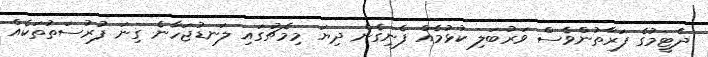
ދެޓީމުގެ ފަރާތުންވެސް ވަރުބަލި ކުޅުމެއް ފެނިގެން ދިޔަ މިމެޗުގައި ލަނޑުޖަހާނެ ގިނަ ފުރުސަތުތަކެއް